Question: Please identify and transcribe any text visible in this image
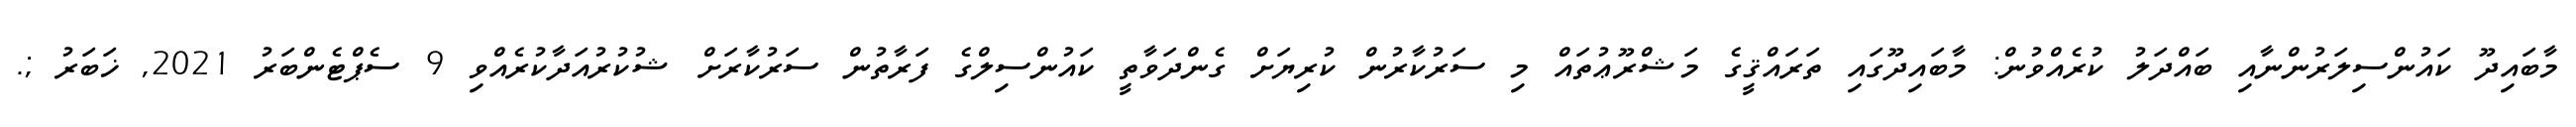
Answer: މާބައިދޫ ކައުންސިލަރުންނާއި ބައްދަލު ކުރެއްވުން: މާބައިދޫގައި ތަރައްޤީގެ މަޝްރޫޢުތައް މި ސަރުކާރުން ކުރިޔަށް ގެންދަވާތީ ކައުންސިލްގެ ފަރާތުން ސަރުކާރަށް ޝުކުރުއަދާކުރެއްވި 9 ސެޕްޓެންބަރު 2021, ޚަބަރު ;.